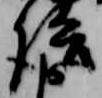
語